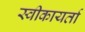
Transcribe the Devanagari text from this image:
स्वीकायर्ता